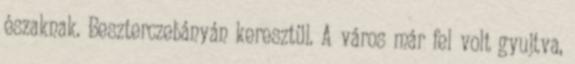
északnak. Beszterczebányán keresztül. A város már fel volt gyujtva,